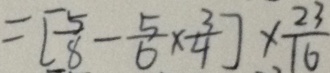
= [ \frac { 5 } { 8 } - \frac { 5 } { 6 } \times \frac { 3 } { 4 } ] \times \frac { 2 3 } { 1 6 }